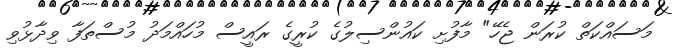
މަސައްކަތް ކުރަން ޖެހޭ" މާފުށި ކައުންސިލުގެ ކުރީގެ ރައީސް މުހައްމަދު މުސްތަފާ ވިދާޅުވި